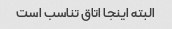
البته اینجا اتاق تناسب است